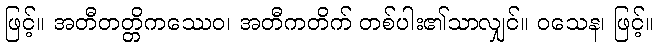
ဖြင့်။ အတီတတ္တိကဿေဝ၊ အတီကတိက် တစ်ပါး၏သာလျှင်။ ဝသေန၊ ဖြင့်။